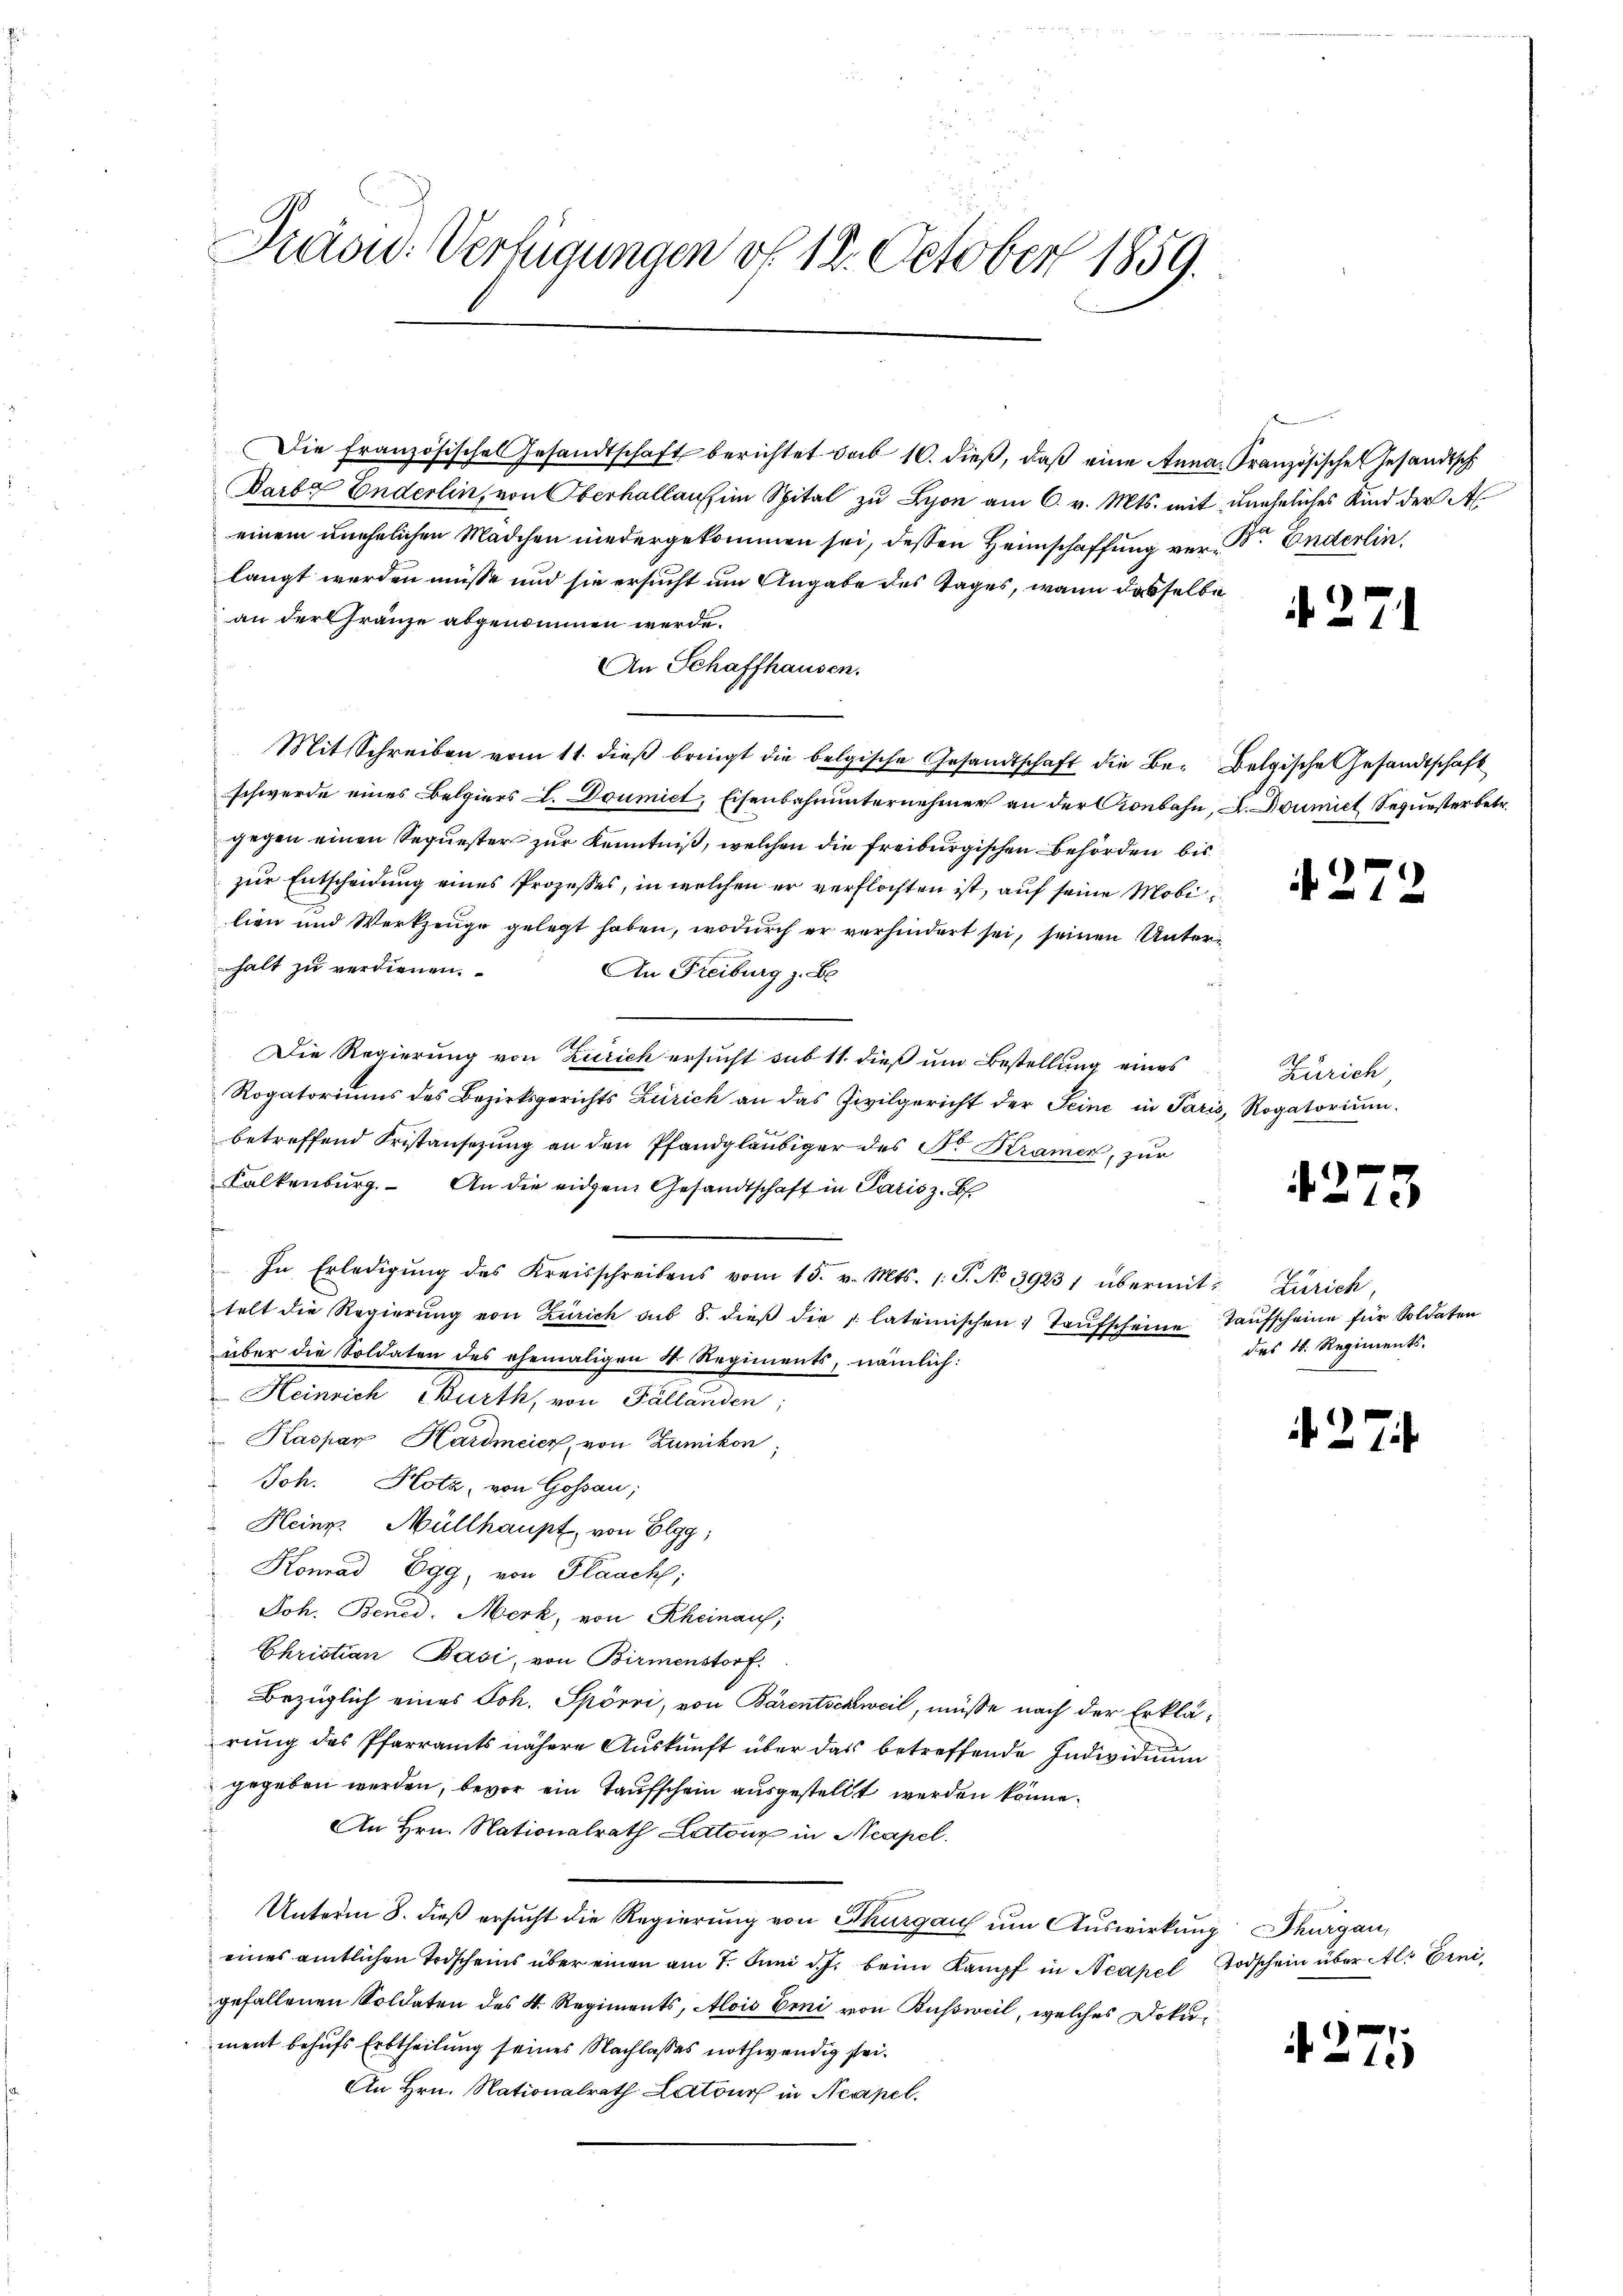
Präsid. Verfügungen vf 12. October 1859.

Die französisches Gesandtschaft berichtet das 16. dieß, daß eine Anna Französische Gesandtsch
Darbz Enderlin, von Oberhallau im Spital zu Lyon am 6. v. Mts. mit uneheliches Kind der Aleinem unehelichen Mädchen niedergekommen sei, dessen Heimschaffung vor. Enderlin,
langt werden müsse und sie ersucht um Angabe des Tages, wann dasselbe
an der Gränze abgenommen werde.
An Schaffhausen.
.
Mit Schreiben vom 11. dieß bringt die belgische Gesandtschaft die Be- Belgische Gesandtschaft
schwerde eines Belgiers L. Doumict, Eisenbahnunternehmer an der Cronbahn, u. Domit Sequester betr.
gegen einen Sequester zur Kenntniß, welchen die freiburgischen Behörden bis
zur Entscheidung eines Prozesses, in welchen er verflochten ist, auf seine Mobi
lien und Werkzeuge gelegt haben, wodŭrch er verhindert sei, seinen Unter-
halt zu verdienen.
An Freiburg z. Be
s

Die Regierung von Zürich ersucht sub 11. dieß um Bestellung eines Zürich,
Rogatoriŭms des Bezirksgerichts Zürich an das Zivilgericht der Seine in Paris, Rogatoriŭm.
betreffend Fristansezung an den Pfandgläubiger des Sr. Krämer, zur
Falkenburg. An die eidem Gesandtschaft in Paris z. B.
In Erledigŭng des Kreisschreibens vom 15. v. Mts. 1. P. No 39231 übermit Zürich,
telt die Regierŭng von Zürich sub 8. dieβ die lateinischen Taŭfscheine Taufscheine für Soldaten
über die Soldaten des ehemaligen u. Regiments, nämlich:
 Heinrich Burth, von Fällanden;
 Kaspar Hardmeier, von Zumikon
Joh. Hotz, von Gossau;
 Heinr. Müllhaupt, von Elgg,
Konrad Egg, von Flaach,
Joh. Bened. Merk, von Rheinauf,
Christian Basi, von Birmenstorf
Bezüglich eines Joh. Spörri, von Bärentschweil, müsse nach der Erklärung des Pfarramts nähere Auskunft über das betreffende Individuum
gegeben werden, bevor ein Taufschein ausgestellt werden könne.
An Hrn. Nationalrath Latour in Neapel.
Unterm 8. dieß ersucht die Regierung von Thurgau um Auswirkung Thurgau,
eines amtlichen Todscheins über einen am 7. Juni d. J. beim Kampf in Neapel Todschein über Als Erni,
gefallenen Soldaten des 4. Regiments, Alois Erni von Bussweil, welches Dokument behufs Erbtheilung seines Nachlasses nothwendig stei¬
An Hrn. Nationalrath Latour in Neapel.

2

27

i

des N. Regiments.

2

2

3

24.

2